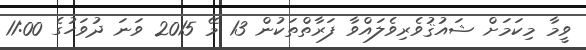
ވީމާ މިކަމަށް ޝައުޤުވެރިވެލައްވާ ފަރާތްތަކުން 13 މޭ 2015 ވަނަ ދުވަހުގެ 11:00